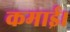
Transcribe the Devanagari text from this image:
कमाई।